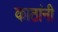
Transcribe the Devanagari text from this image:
काठांनी